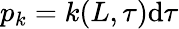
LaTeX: p_{k}=k(L,\tau)\mathrm{d}\tau